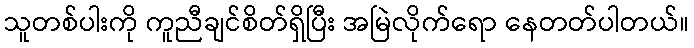
သူတစ်ပါးကို ကူညီချင်စိတ်ရှိပြီး အမြဲလိုက်ရော နေတတ်ပါတယ်။